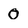
Character: 0